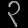
Digit: ၃